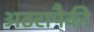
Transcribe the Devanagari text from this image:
अठरापैकी